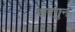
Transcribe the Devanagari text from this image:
सरगुन